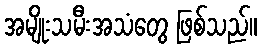
အမျိုးသမီးအသံတွေ ဖြစ်သည်။